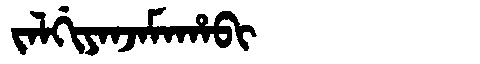
Manchu: ᠵᠠᠯᡤᡳᠶᠠᠨᠵᠠᠮᠠᡥᠠᠪᡳ
Romanization: JALGIYANJAMAHABI